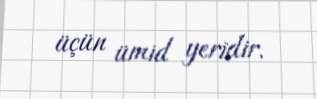
üçün ümid yeridir.